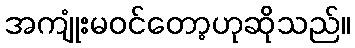
အကျုံးမဝင်တော့ဟုဆိုသည်။